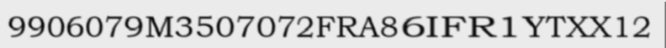
9906079M3507072FRA86IFR1YTXX12